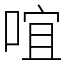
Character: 𠵌